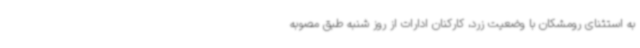
به‌ استثنای رومشکان با وضعیت زرد، کارکنان ادارات از روز شنبه طبق مصوبه